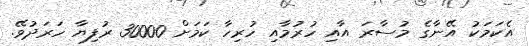
އެކަމަކު އޭނާގެ މުސާރަ އާއި ހުރުމާއި ހުރިހާ ކަމަށް 30000 ރުފިޔާ ހަރަދުވޭ.